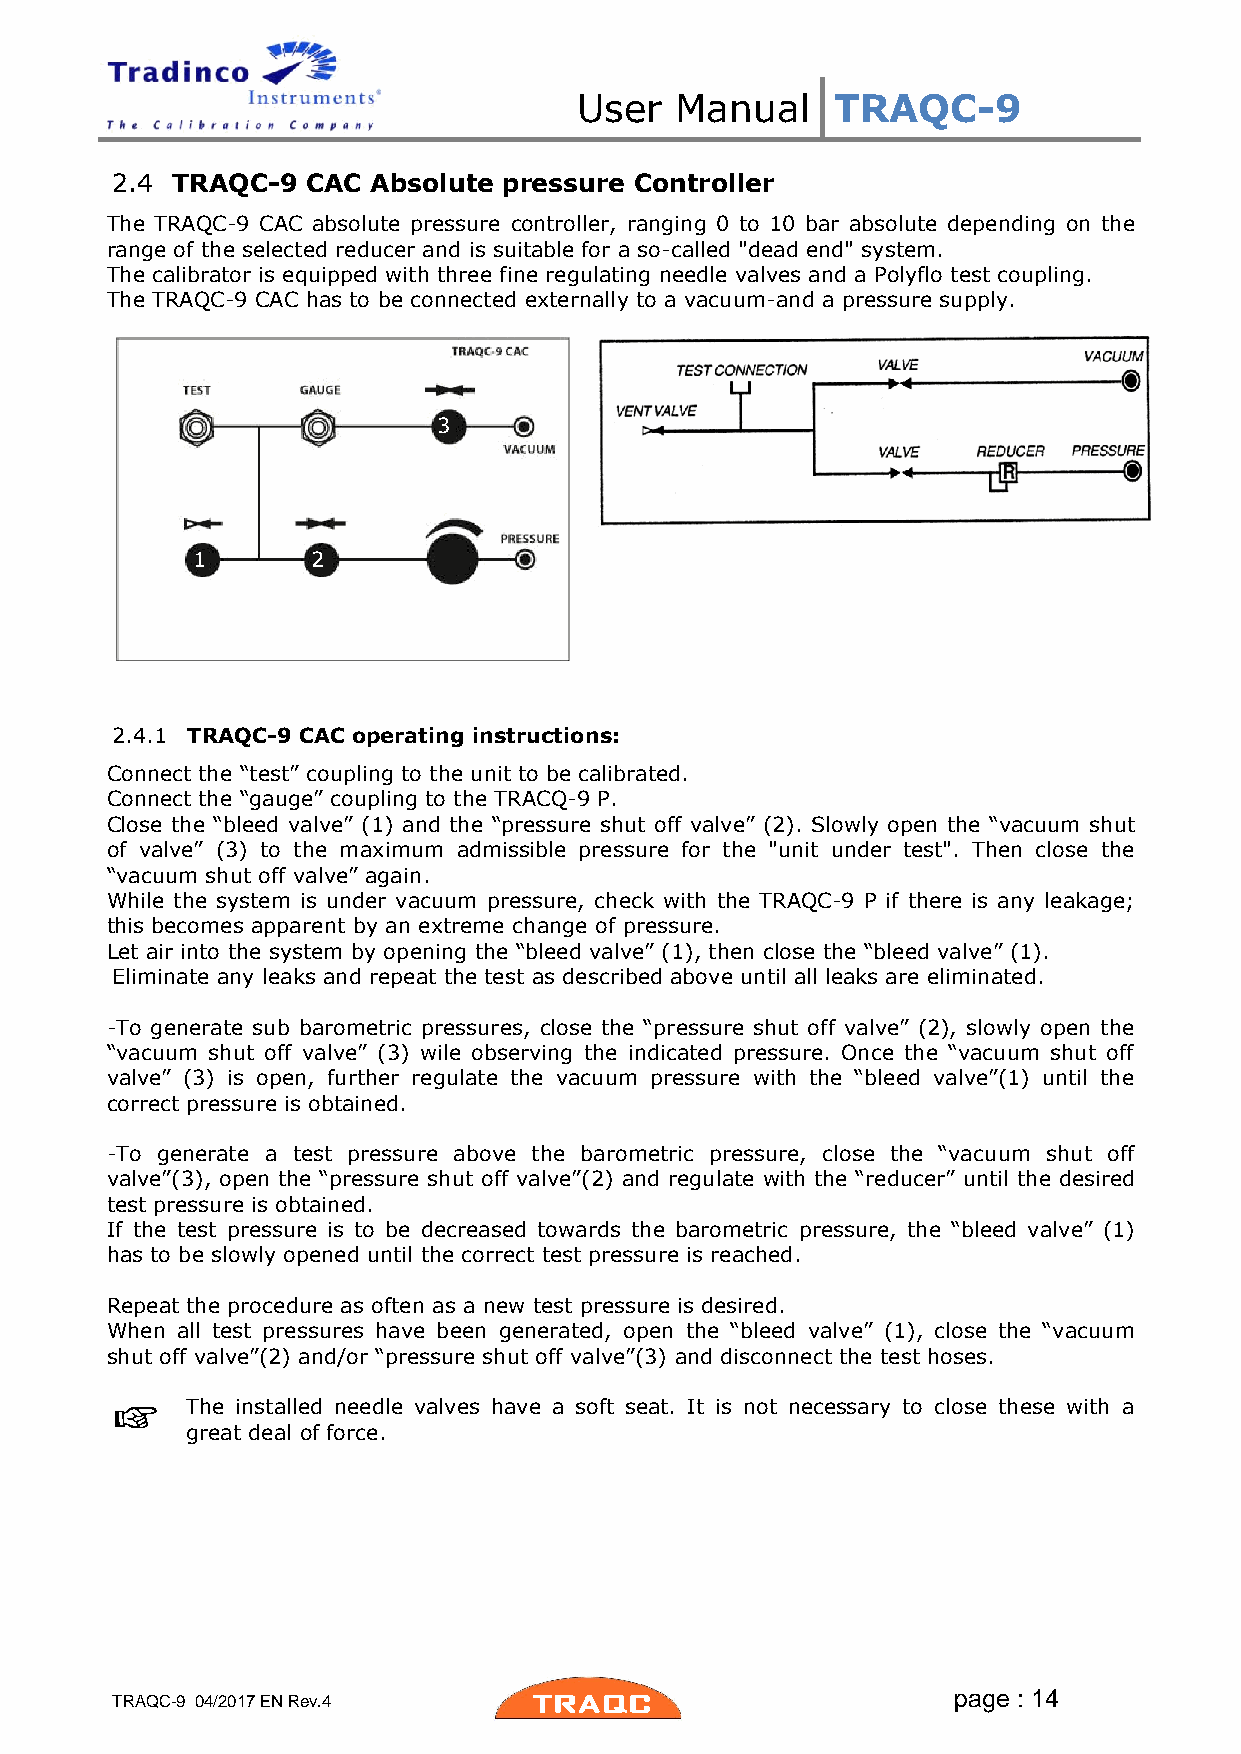
User   Manual    TRAQC-9
 2.4 TRAQC-9  CAC Absolute pressure Controller
 The TRAQC-9 CAC absolute pressure controller, ranging 0 to 10 bar absolute depending on the
 range of the selected reducer and is suitable for a so-called "dead end" system.
 The calibrator is equipped with three fine regulating needle valves and a Polyflo test coupling.
 The TRAQC-9 CAC has to be connected externally to a vacuum-and a pressure supply.
 3
 1       2
 2.4.1 TRAQC-9 CAC operating instructions:
 Connect the “test” coupling to the unit to be calibrated.
 Connect the “gauge” coupling to the TRACQ-9 P.
 Close the “bleed valve” (1) and the “pressure shut off valve” (2). Slowly open the “vacuum shut
 of valve” (3) to the maximum admissible pressure for the "unit under test". Then close the
 “vacuum shut off valve” again.
 While the system is under vacuum pressure, check with the TRAQC-9 P if there is any leakage;
 this becomes apparent by an extreme change of pressure.
 Let air into the system by opening the “bleed valve” (1), then close the “bleed valve” (1).
 Eliminate any leaks and repeat the test as described above until all leaks are eliminated.
 -To generate sub barometric pressures, close the “pressure shut off valve” (2), slowly open the
 “vacuum shut off valve” (3) wile observing the indicated pressure. Once the “vacuum shut off
 valve” (3) is open, further regulate the vacuum pressure with the “bleed valve”(1) until the
 correct pressure is obtained.
 -To generate a test pressure above the barometric pressure, close the “vacuum shut off
 valve”(3), open the “pressure shut off valve”(2) and regulate with the “reducer” until the desired
 test pressure is obtained.
 If the test pressure is to be decreased towards the barometric pressure, the “bleed valve” (1)
 has to be slowly opened until the correct test pressure is reached.
 Repeat the procedure as often as a new test pressure is desired.
 When all test pressures have been generated, open the “bleed valve” (1), close the “vacuum
 shut off valve”(2) and/or “pressure shut off valve”(3) and disconnect the test hoses.
 The installed needle valves have a soft seat. It is not necessary to close these with a
 great deal of force.
 page : 14
 TRAQC-9 04/2017 EN Rev.4